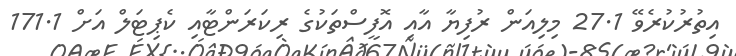
އިތުރުކުރެވޭ 27.1 މިލިއަން ރުފިޔާ އާއި އޮފީސްތަކުގެ ރިކަރަންޓާއި ކެޕިޓަލް އަށް 171.1